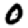
Digit: 0